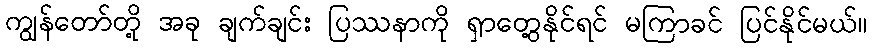
ကျွန်တော်တို့ အခု ချက်ချင်း ပြဿနာကို ရှာတွေ့နိုင်ရင် မကြာခင် ပြင်နိုင်မယ်။